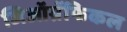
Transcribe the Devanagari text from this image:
जिऑग्रॅफिकल